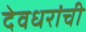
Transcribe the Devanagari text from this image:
देवधरांची